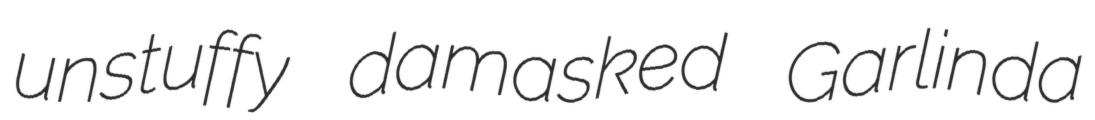
unstuffy damasked Garlinda